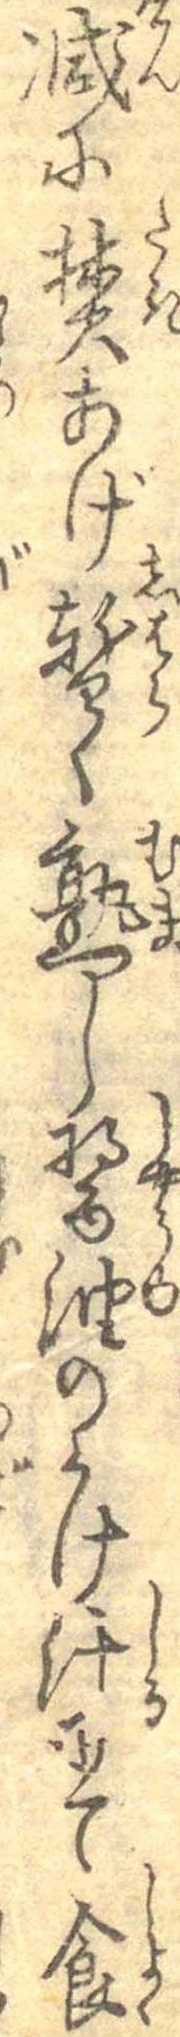
減に焚あげ暫く熟し醤油のかけ汁にて食